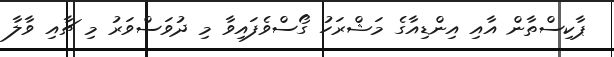
ޕާކިސްތާން އާއި އިންޑިއާގެ މަޝްރަހު ގޯސްވެފައިވާ މި ދުވަސްވަރު މި ޗާއި ވާލާ